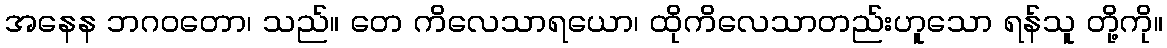
အနေန ဘဂဝတော၊ သည်။ တေ ကိလေသာရယော၊ ထိုကိလေသာတည်းဟူသော ရန်သူ တို့ကို။